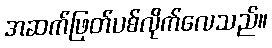
အဆက်ဖြတ်ပစ်လိုက်လေသည်။